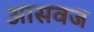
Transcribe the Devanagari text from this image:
आसवज